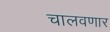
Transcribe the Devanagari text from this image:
चालवणार